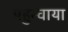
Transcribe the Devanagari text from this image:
पहुन्चाया